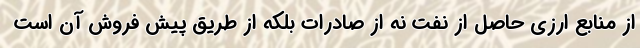
از منابع ارزی حاصل از نفت نه از صادرات بلکه از طریق پیش فروش آن است